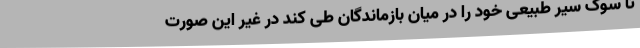
تا سوگ سیر طبیعی خود را در میان بازماندگان طی کند در غیر این صورت